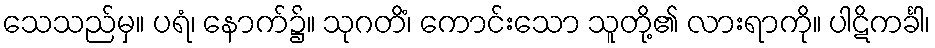
သေသည်မှ။ ပရံ၊ နောက်၌။ သုဂတိံ၊ ကောင်းသော သူတို့၏ လားရာကို။ ပါဋိကင်္ခါ၊